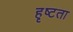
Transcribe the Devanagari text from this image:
हृष्टता